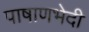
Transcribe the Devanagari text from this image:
पाषाणभेदी